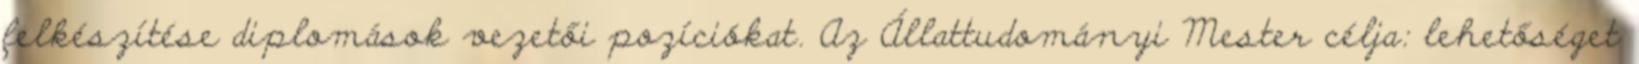
felkészítése diplomások vezetői pozíciókat. Az Állattudományi Mester célja: lehetőséget